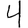
Digit: 4